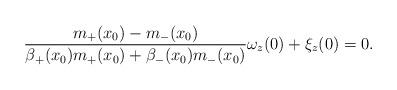
LaTeX: \begin{align*}\frac{m_+(x_0)-m_-(x_0)}{\beta_+(x_0)m_+(x_0)+\beta_-(x_0)m_-(x_0)}\omega_z(0)+\xi_z(0)=0. \end{align*}